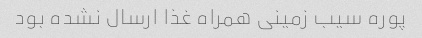
پوره سیب زمینی همراه غذا ارسال نشده بود